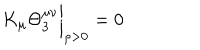
K _ { \mu } \Theta _ { 3 } ^ { \mu \nu } { \bigg | } _ { \rho > 0 } = 0